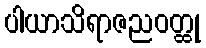
ပါယာသိရာဇညဝတ္ထု